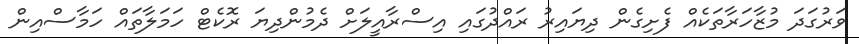
ވަރުގަދަ މުޒާހަރާތަކެއް ފެށިގެން ދިޔައިރު ރައްދުގައި އިސްރާއީލަށް ދެމުންދިޔަ ރޮކެޓް ހަމަލާތައް ހަމާސްއިން